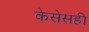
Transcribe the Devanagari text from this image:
केसेसही